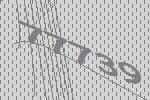
77739